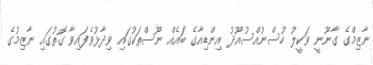
ނާޒިމްގެ ގާނޫނީ ވަކީލު ހުސްނުއްސުއޫދު އިންޑިއާގެ ބައެއް ނޫސްތަކުގައި ވިދާޅުވެފައިވާ ގޮތުގައި ނާޒިމުގެ